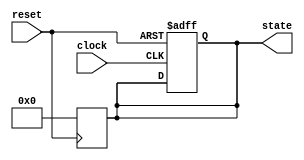
module ResetConditionBlock (
    input wire reset,       // Reset signal (active-high or active-low)
    input wire clock,      // Clock signal (optional for synchronous reset)
    output reg [7:0] state // Example state output (8-bit wide)
);

// Define the reset value for the state
parameter RESET_VALUE = 8'b00000000; // Predefined reset value

// Synchronous reset behavior
always @(posedge clock or posedge reset) begin
    if (reset) begin
        state <= RESET_VALUE; // Set state to reset value on reset assertion
    end else begin
        // Regular operational behavior (update state logic goes here)
        // For example, state <= state + 1; // Increment state (example logic)
    end
end

// Asynchronous reset behavior (if needed)
always @(negedge reset) begin
    if (!reset) begin
        state <= RESET_VALUE; // Set state to reset value on reset assertion
    end
end

endmodule